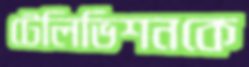
টেলিভিশনকে